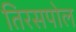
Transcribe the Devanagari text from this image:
तिरसपोल